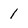
Character: 1